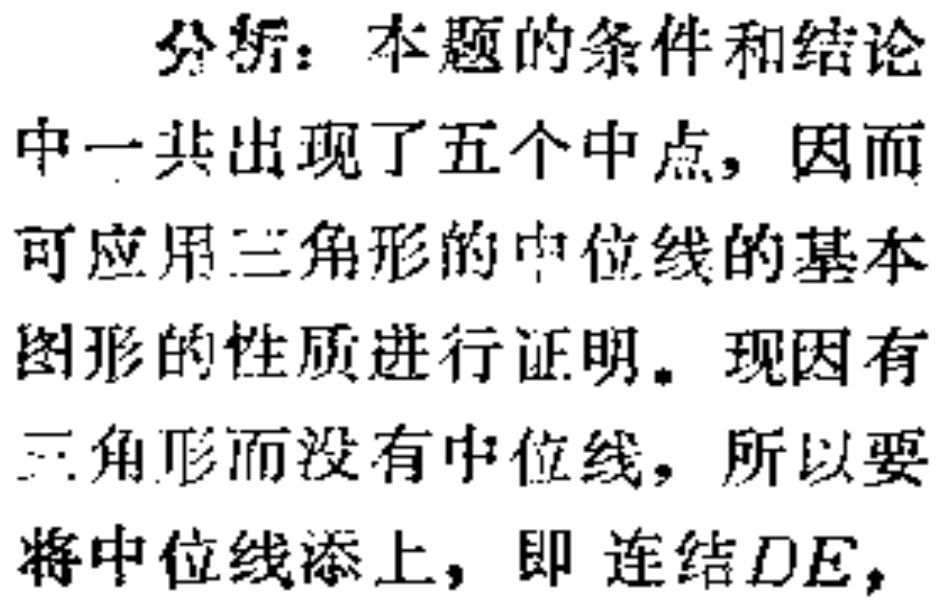
分析：本题的条件和结论
中一共出现了五个中点，因而
可应用三角形的中位线的基本
图形的性质进行证明。现因有
三角形而没有中位线，所以要
将中位线添上，即 连结\(DE\)，